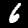
Label: 6